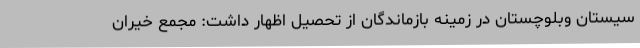
سیستان وبلوچستان در زمینه بازماندگان از تحصیل اظهار داشت: مجمع خیران